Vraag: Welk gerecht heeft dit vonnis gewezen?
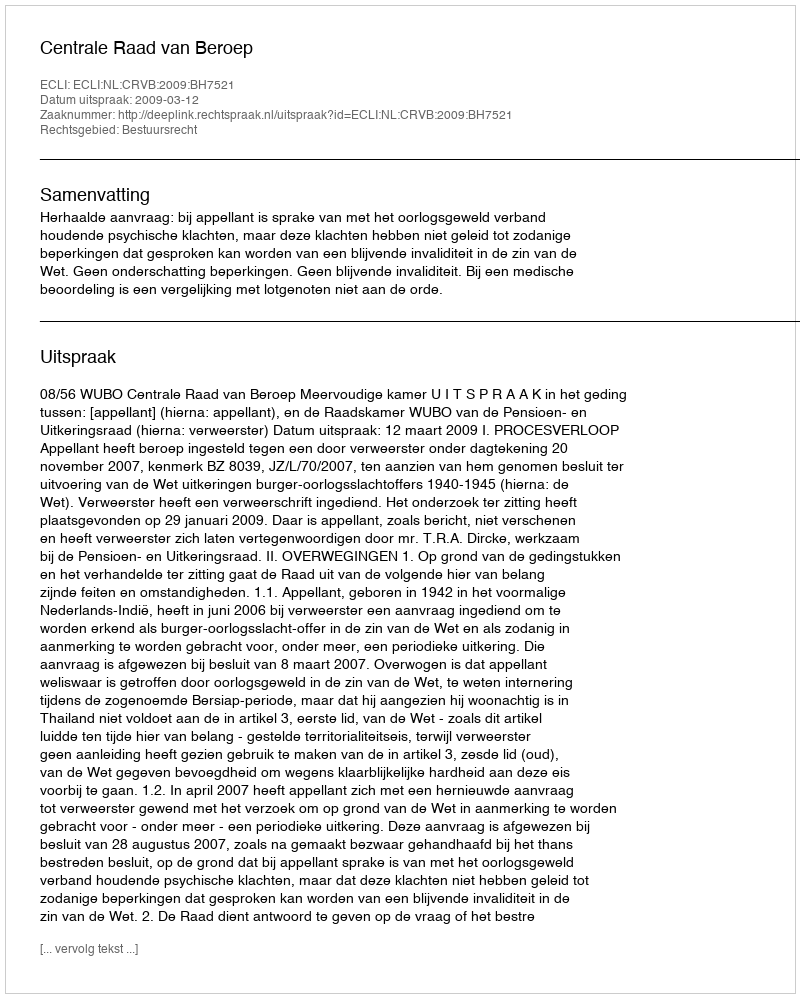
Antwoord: Centrale Raad van Beroep